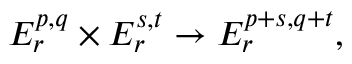
E _ { r } ^ { p , q } \times E _ { r } ^ { s , t } \to E _ { r } ^ { p + s , q + t } ,